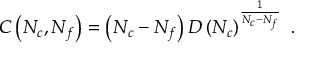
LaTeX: C \left( N _ { c } , N _ { f } \right) = \left( N _ { c } - N _ { f } \right) D \left( N _ { c } \right) ^ { \frac { 1 } { N _ { c } - N _ { f } } } \ .